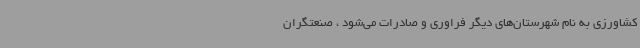
کشاورزی به نام شهرستان‌های دیگر فراوری و صادرات می‌شود ، صنعتگران